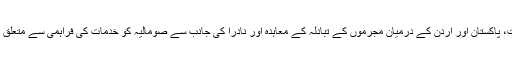
کابینہ نے چین اور پاکستان کے مابین زراعت اور بائیو سائنس کے شعبوں میں مفاہمتی یادداشت، پاکستان اور اردن کے درمیان مجرموں کے تبادلہ کے معاہدہ اور نادرا کی جانب سے صومالیہ کو خدمات کی فراہمی سے متعلق 14 ملین امریکی ڈالر مالیت کی کریڈٹ لائن فیسلیٹی کی فراہمی کے معاہدے کی توثیق کر دی۔